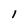
Character: l